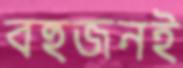
বহুজনই